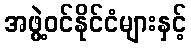
အဖွဲ့ဝင်နိုင်ငံများနှင့်